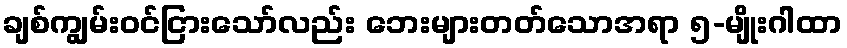
ချစ်ကျွမ်းဝင်ငြားသော်လည်း ဘေးများတတ်သောအရာ ၅-မျိုးဂါထာ